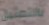
بالتمثيل